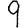
Digit: 9